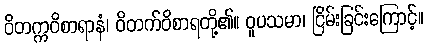
ဝိတက္ကဝိစာရာနံ၊ ဝိတက်ဝိစာရတို့၏။ ဝူပသမာ၊ ငြိမ်းခြင်းကြောင့်။